Indian journal of veterinary science and animal husbandry - Volume 6,
Year: 1936
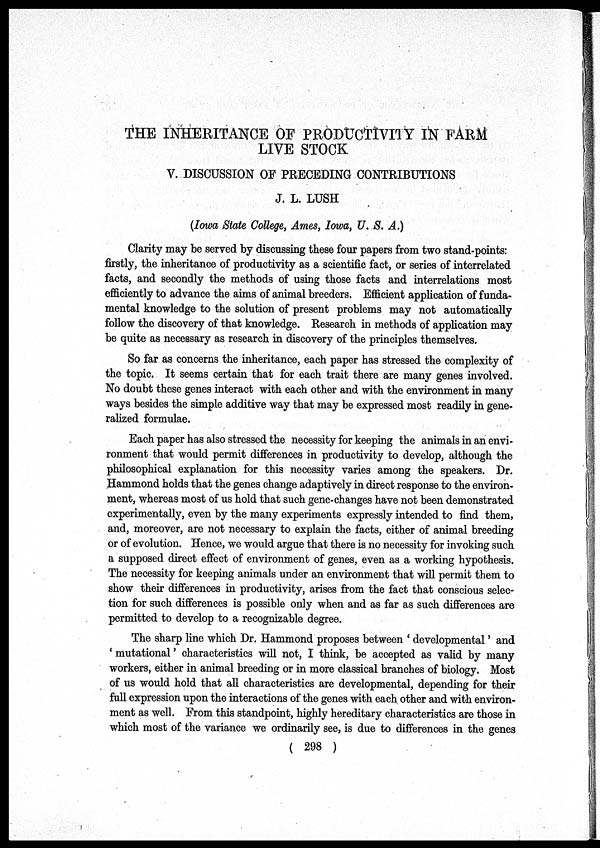
THE INHERITANCE OF PRODUCTIVITY IN FARM
LIVE STOCK
V. DISCUSSION OF PRECEDING CONTRIBUTIONS
J. L. LUSH
(Iowa State College, Ames, Iowa, U. S. A.)
Clarity may be served by discussing these four papers from two stand-points:
firstly, the inheritance of productivity as a scientific fact, or series of interrelated
facts, and secondly the methods of using those facts and interrelations most
efficiently to advance the aims of animal breeders. Efficient application of funda-
mental knowledge to the solution of present problems may not automatically
follow the discovery of that knowledge. Research in methods of application may
be quite as necessary as research in discovery of the principles themselves.
So far as concerns the inheritance, each paper has stressed the complexity of
the topic. It seems certain that for each trait there are many genes involved.
No doubt these genes interact with each other and with the environment in many
ways besides the simple additive way that may be expressed most readily in gene-
ralized formulae.
Each paper has also stressed the necessity for keeping the animals in an envi-
ronment that would permit differences in productivity to develop, although the
philosophical explanation for this necessity varies among the speakers. Dr.
Hammond holds that the genes change adaptively in direct response to the environ-
ment, whereas most of us hold that such gene-changes have not been demonstrated
experimentally, even by the many experiments expressly intended to find them,
and, moreover, are not necessary to explain the facts, either of animal breeding
or of evolution. Hence, we would argue that there is no necessity for invoking such
a supposed direct effect of environment of genes, even as a working hypothesis.
The necessity for keeping animals under an environment that will permit them to
show their differences in productivity, arises from the fact that conscious selec-
tion for such differences is possible only when and as far as such differences are
permitted to develop to a recognizable degree.
The sharp line which Dr. Hammond proposes between ' developmental' and
' mutational' characteristics will not, I think, be accepted as valid by many
workers, either in animal breeding or in more classical branches of biology. Most
of us would hold that all characteristics are developmental, depending for their
full expression upon the interactions of the genes with each other and with environ-
ment as well. From this standpoint, highly hereditary characteristics are those in
which most of the variance we ordinarily see, is due to differences in the genes
( 298 )